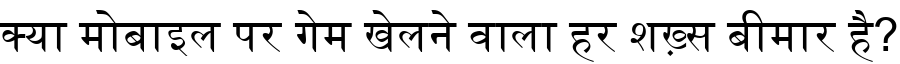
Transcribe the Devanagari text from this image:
क्या मोबाइल पर गेम खेलने वाला हर शख़्स बीमार है?